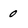
Character: 0